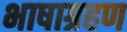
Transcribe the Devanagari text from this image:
भाषाग्रहण